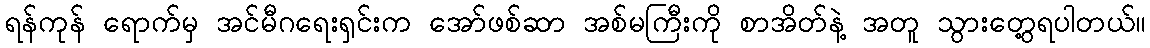
ရန်ကုန် ရောက်မှ အင်မီဂရေးရှင်းက အော်ဖစ်ဆာ အစ်မကြီးကို စာအိတ်နဲ့ အတူ သွားတွေ့ရပါတယ်။